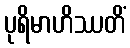
ပုရိမာဟိဿတိံ